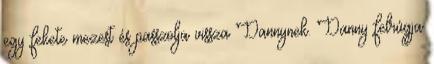
egy fekete mezest és passzolja vissza Dannynek. Danny felrúgja